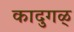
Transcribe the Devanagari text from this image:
कादुगळ्